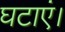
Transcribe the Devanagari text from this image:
घटाएं।